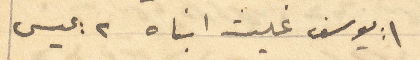
1: يوسف غيث ابناه 2: عيسى